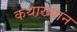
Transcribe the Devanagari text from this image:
कथाख्यान